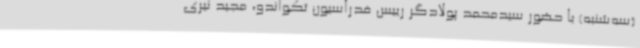
(سه‌شنبه) با حضور سیدمحمد پولادگر رییس فدراسیون تکواندو، مجید نیری